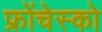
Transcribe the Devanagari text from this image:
फ्रोंचेस्को